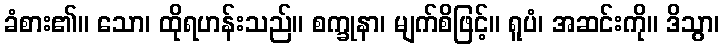
ခံစား၏။ သော၊ ထိုရဟန်းသည်။ စက္ခုနာ၊ မျက်စိဖြင့်။ ရူပံ၊ အဆင်းကို။ ဒိသွာ၊